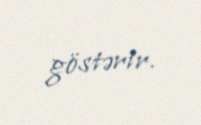
göstərir.